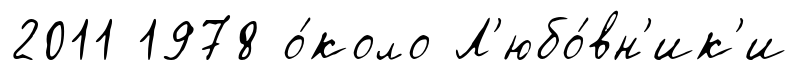
2011 1978 о́коло Л'юбо́вн'ик'и